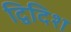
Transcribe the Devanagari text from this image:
द्विदिश